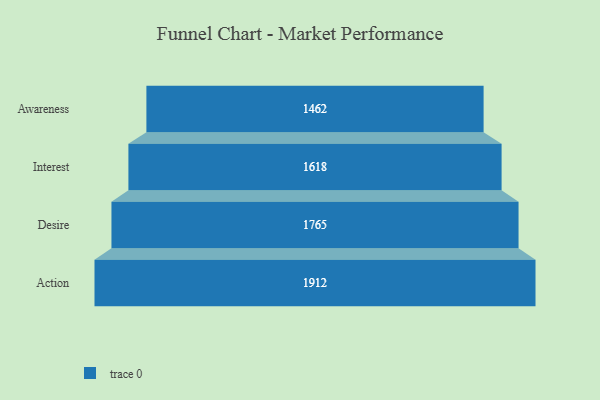
{"axis": {"x": "Stage", "y": "Value"}, "legend": [""], "data": [{"x": "Awareness", "y": 1462.0, "type": ""}, {"x": "Interest", "y": 1618.0, "type": ""}, {"x": "Desire", "y": 1765.0, "type": ""}, {"x": "Action", "y": 1912.0, "type": ""}]}